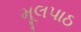
મૂલપાઠ